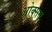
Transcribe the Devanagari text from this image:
ओक्सस